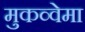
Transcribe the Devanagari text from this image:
मुकव्वेमा